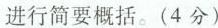
进行简要概括。(4 分)